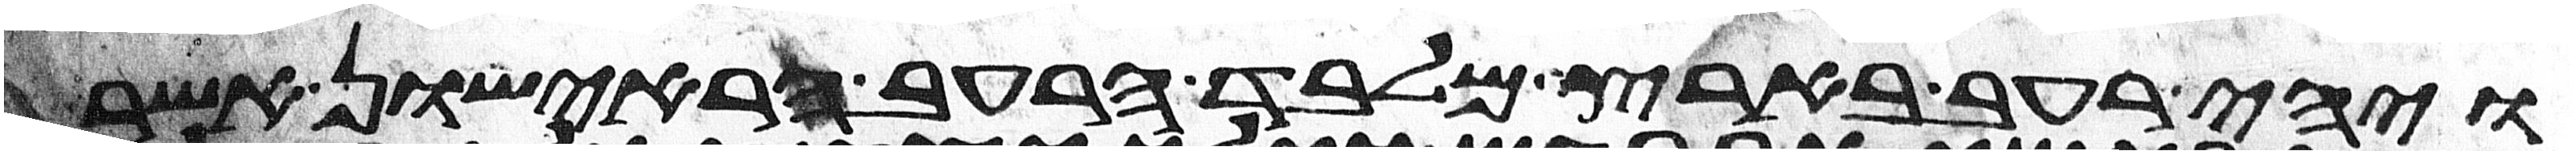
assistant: ויהי רעב בארץ מלבד הרעב הראישון אשר